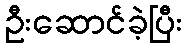
ဦးဆောင်ခဲ့ပြီး